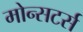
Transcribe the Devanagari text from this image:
मोन्सटर्स